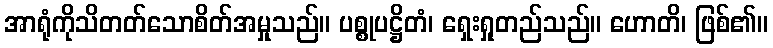
အာရုံကိုသိတတ်သောစိတ်အမှုသည်။ ပစ္စုပဋ္ဌိတံ၊ ရှေးရှုတည်သည်။ ဟောတိ၊ ဖြစ်၏။